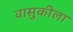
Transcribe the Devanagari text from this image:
वासुकीला